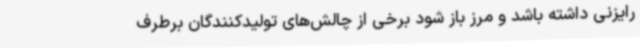
رایزنی داشته باشد و مرز باز شود برخی از چالش‌های تولیدکنندگان برطرف